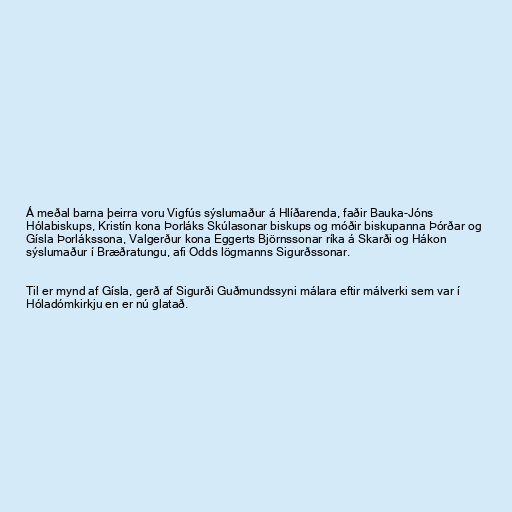
Á meðal barna þeirra voru Vigfús sýslumaður á Hlíðarenda, faðir Bauka-Jóns
Hólabiskups, Kristín kona Þorláks Skúlasonar biskups og móðir biskupanna Þórðar og
Gísla Þorlákssona, Valgerður kona Eggerts Björnssonar ríka á Skarði og Hákon
sýslumaður í Bræðratungu, afi Odds lögmanns Sigurðssonar.

Til er mynd af Gísla, gerð af Sigurði Guðmundssyni málara eftir málverki sem var í
Hóladómkirkju en er nú glatað.